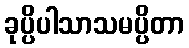
ခုပ္ပိပါသာသမပ္ပိတာ